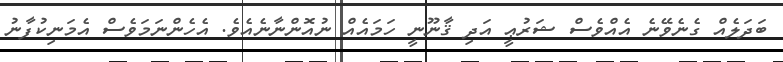
ބަދަލެއް ގެނެވޭނެ އެއްވެސް ޝަރުޢީ އަދި ޤާނޫނީ ހަމައެއް ނުއޮންނާނެއެވެ. އެހެންނަމަވެސް އެމަނިކުފާނު